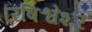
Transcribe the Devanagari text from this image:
रिषिश्वेशर